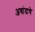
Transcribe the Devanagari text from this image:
अबांदाचे